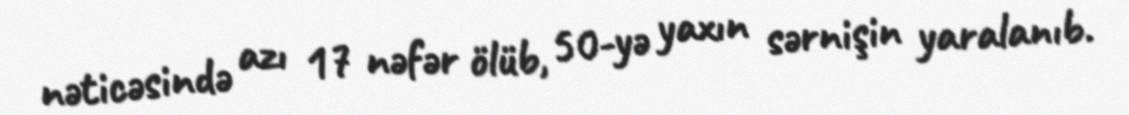
nəticəsində azı 17 nəfər ölüb, 50-yə yaxın sərnişin yaralanıb.